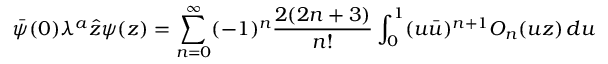
\bar { \psi } ( 0 ) \lambda ^ { a } \hat { z } \psi ( z ) = \sum _ { n = 0 } ^ { \infty } ( - 1 ) ^ { n } \frac { 2 ( 2 n + 3 ) } { n ! } \int _ { 0 } ^ { 1 } ( u \bar { u } ) ^ { n + 1 } { \cal O } _ { n } ( u z ) \, d u